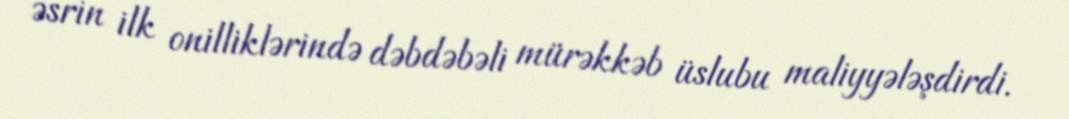
əsrin ilk onilliklərində dəbdəbəli mürəkkəb üslubu maliyyələşdirdi.